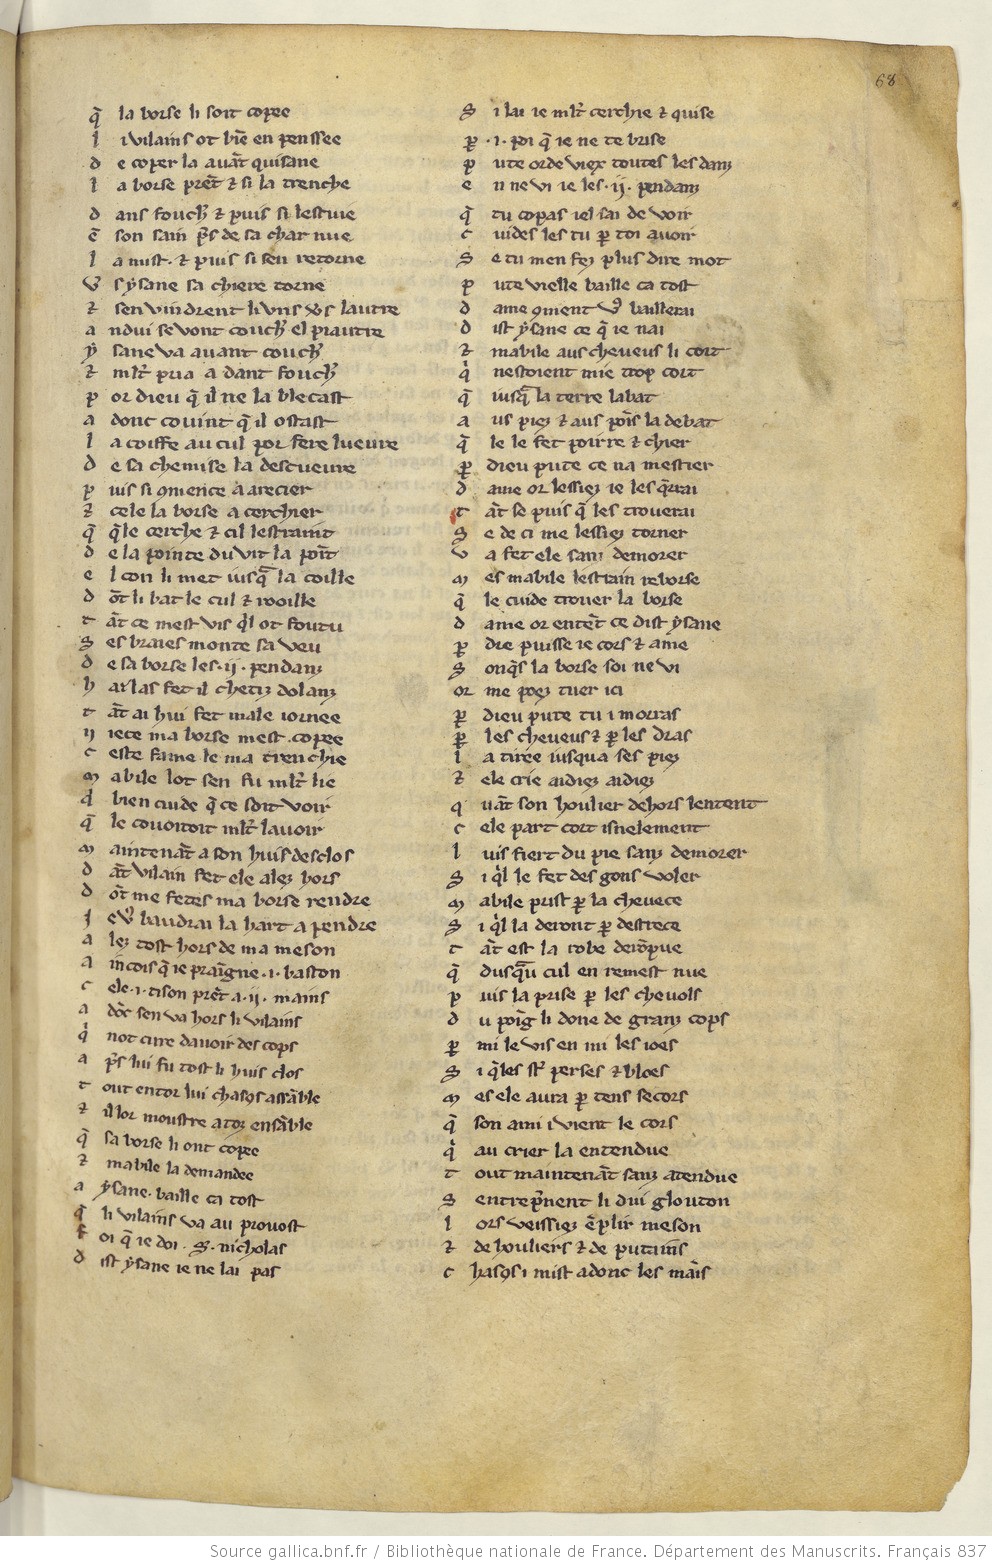
Shelfmark: Paris, BnF, fr. 837
Century: 13